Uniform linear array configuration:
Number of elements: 48
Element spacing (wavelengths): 0.75
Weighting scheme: exponential
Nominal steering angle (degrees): -45
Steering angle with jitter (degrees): -43.527
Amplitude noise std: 0.05
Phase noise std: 0.05

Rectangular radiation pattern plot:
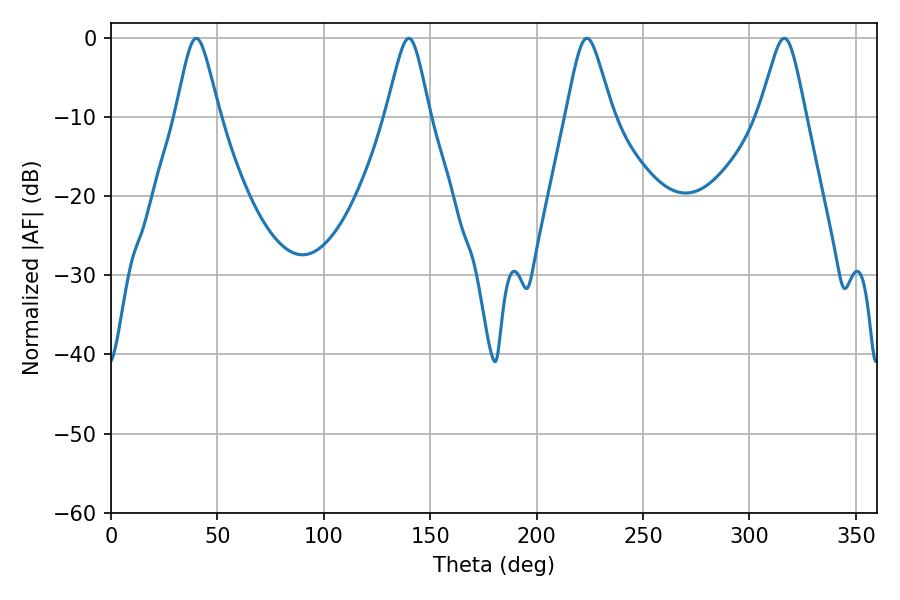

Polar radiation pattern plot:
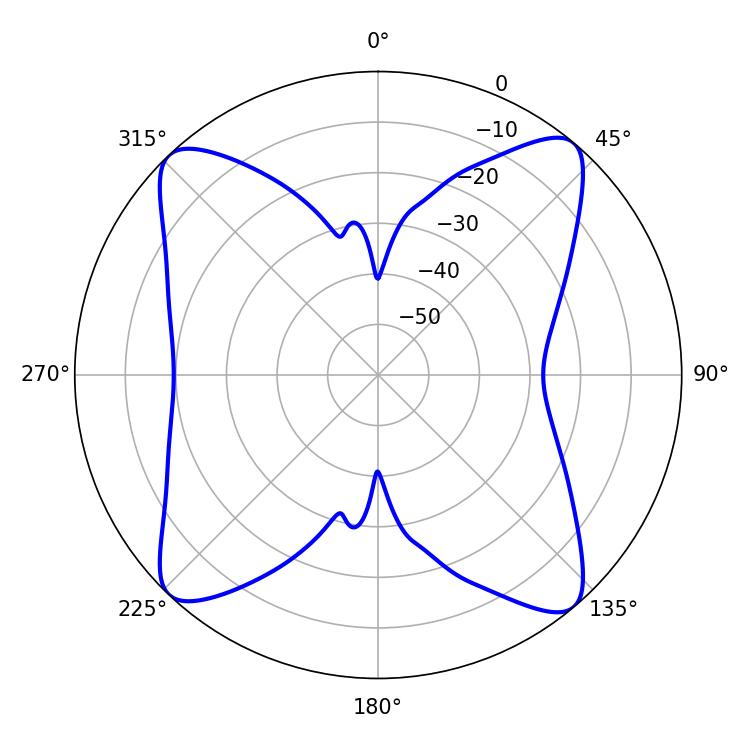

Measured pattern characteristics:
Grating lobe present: TRUE
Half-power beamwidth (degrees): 10.44
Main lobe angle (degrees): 223.56